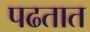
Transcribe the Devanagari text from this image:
पढतात